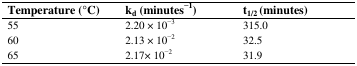
<table><thead><tr><td><b>Temperature (°C)</b></td><td><b>k<sub>d</sub> (minutes<sup>−1</sup>)</b></td><td><b>t<sub>1/2 </sub>(minutes)</b></td></tr></thead><tbody><tr><td>55</td><td>2.20 × 10<sup>−3</sup></td><td>315.0</td></tr><tr><td>60</td><td>2.13 × 10<sup>−2</sup></td><td>32.5</td></tr><tr><td>65</td><td>2.17× 10<sup>−2</sup></td><td>31.9</td></tr></tbody></table>